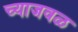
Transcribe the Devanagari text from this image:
च्याजवळ